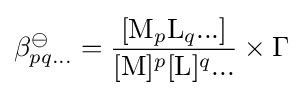
\beta _{pq...}^{\ominus }={\frac {[{\mathrm {M} }_{p}{\mathrm {L} }_{q}...]}{[{\mathrm {M} }]^{p}[{\mathrm {L} }]^{q}...}}\times \Gamma